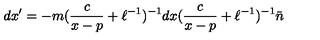
d x ^ { \prime } = - m ( \frac { c } { x - p } + \ell ^ { - 1 } ) ^ { - 1 } d x ( \frac { c } { x - p } + \ell ^ { - 1 } ) ^ { - 1 } \bar { n }